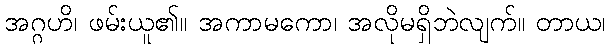
အဂ္ဂဟိ၊ ဖမ်းယူ၏။ အကာမကော၊ အလိုမရှိဘဲလျက်။ တာယ၊